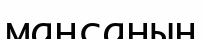
мансаның